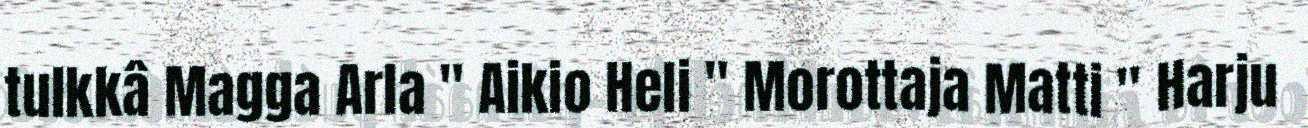
tulkkâ Magga Arla " Aikio Heli " Morottaja Matti " Harju